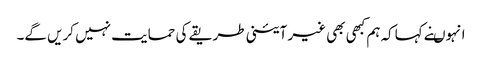
انہوںنے کہاکہ ہم کبھی بھی غیر آئینی طریقے کی حمایت نہیں کریں گے۔